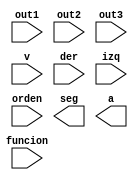
`timescale 1ns / 1ps

module Unidor(out1,out2,out3,v,funcion,der,izq,orden,seg,a);
input [3:0]out1,out2,out3;
input v, funcion, der, izq, orden;
output [3:0] seg;
output a;

wire [10:0] bus;


//Posicion m1(out1,out2,out3,bus);
//Motor m2(v,funcion,der,izq,orden,bus,seg,a);



endmodule